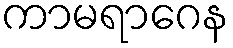
ကာမရာဂေန